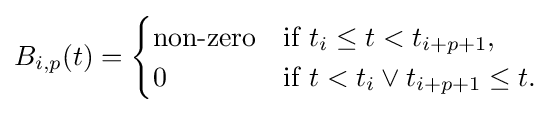
B_{i,p}(t)={\begin{cases}{\text{non-zero}}&{\text{if }}t_{i}\leq t<t_{i+p+1},\\0&{\text{if }}t<t_{i}\lor t_{i+p+1}\leq t.\end{cases}}